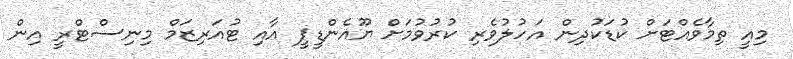
މިއީ ތިމާވެއްޓަށް ކުޑަކުދިން އަހުލުވެރި ކުރުވުމަށް ޔޫއެންޑީޕީ އާއި ޓުއަރިޒަމް މިނިސްޓްރީ އިން